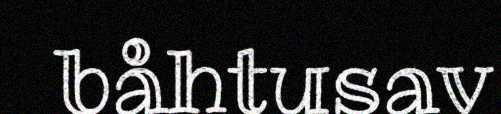
båhtusav